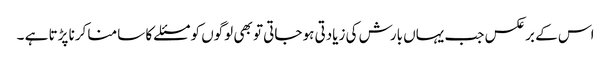
اس کے برعکس جب یہاں بارش کی زیادتی ہو جاتی تو بھی لوگوں کو مسئلے کا سامنا کرنا پڑتا ہے ۔